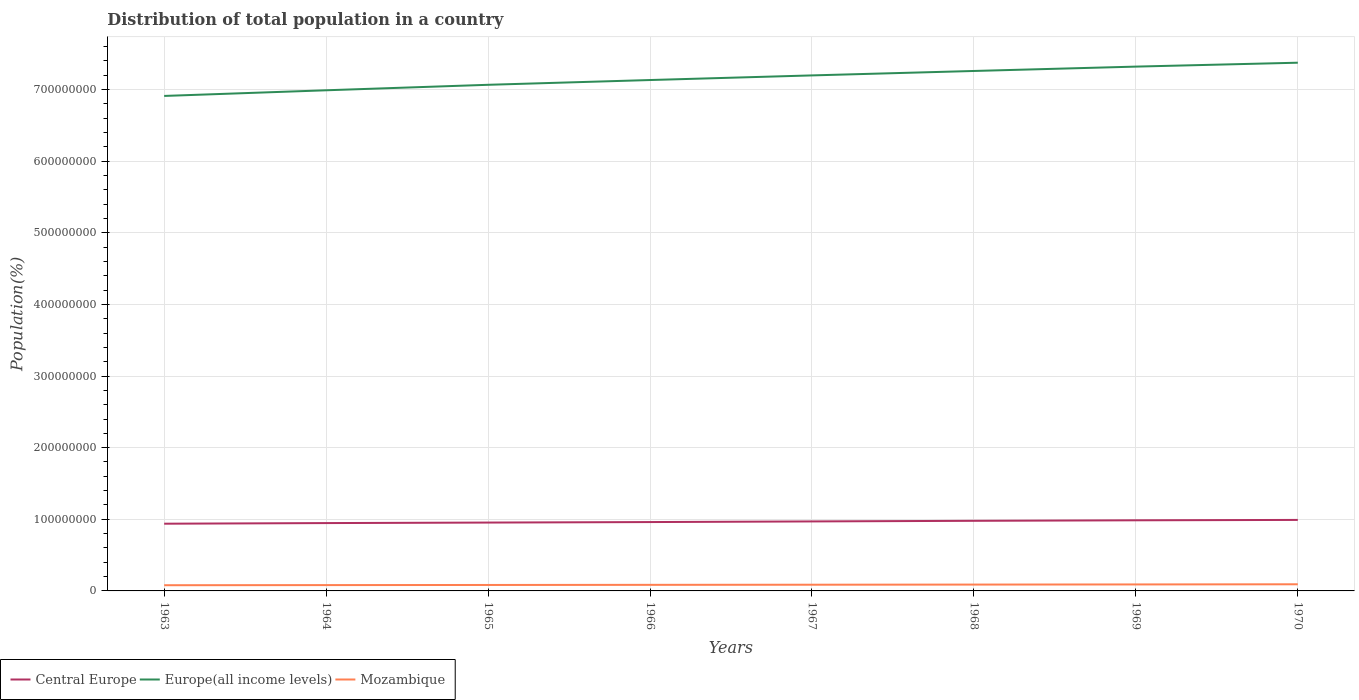
| Years | Central Europe | Europe(all income levels) | Mozambique |
 | --- | --- | --- | --- |
 | 1963 | 9.38e+07 | 6.91e+08 | 7.96e+06 |
 | 1964 | 9.47e+07 | 6.99e+08 | 8.13e+06 |
 | 1965 | 9.54e+07 | 7.07e+08 | 8.3e+06 |
 | 1966 | 9.61e+07 | 7.13e+08 | 8.48e+06 |
 | 1967 | 9.7e+07 | 7.2e+08 | 8.67e+06 |
 | 1968 | 9.79e+07 | 7.26e+08 | 8.86e+06 |
 | 1969 | 9.86e+07 | 7.32e+08 | 9.06e+06 |
 | 1970 | 9.91e+07 | 7.38e+08 | 9.26e+06 |